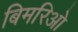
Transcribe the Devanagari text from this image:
बिमरिओ